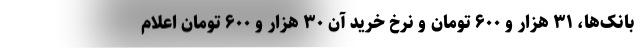
بانک‌ها، ۳۱ هزار و ۶۰۰ تومان و نرخ خرید آن ۳۰ هزار و ۶۰۰ تومان اعلام